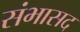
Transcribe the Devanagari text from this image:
संभासद